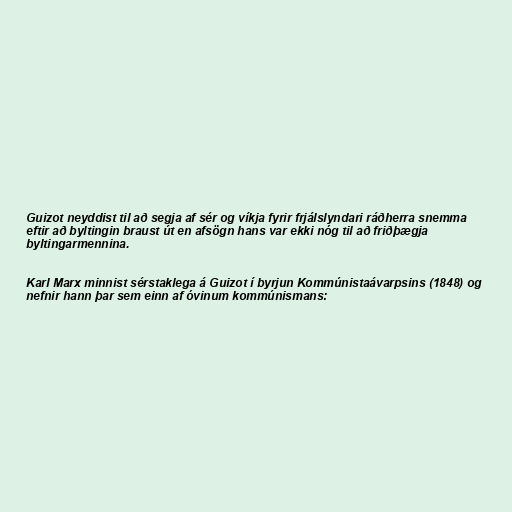
Guizot neyddist til að segja af sér og víkja fyrir frjálslyndari ráðherra snemma
eftir að byltingin braust út en afsögn hans var ekki nóg til að friðþægja
byltingarmennina.

Karl Marx minnist sérstaklega á Guizot í byrjun Kommúnistaávarpsins (1848) og
nefnir hann þar sem einn af óvinum kommúnismans: